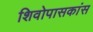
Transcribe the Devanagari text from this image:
शिवोपासकांस